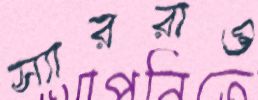
স্যাররাও